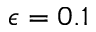
\epsilon = 0 . 1